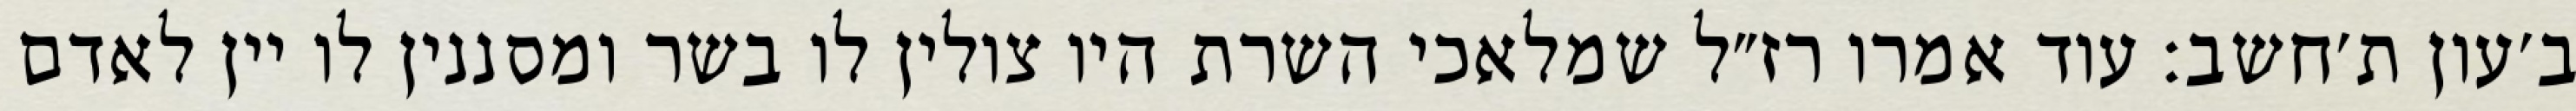
ב׳עון ת׳חשב: עוד אמרו רז״ל שמלאכי השרת היו צולין לו בשר ומסננין לו יין לאדם